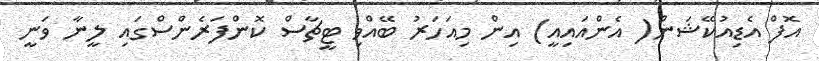
އޮފް އެޑިއުކޭޝަން( އެންއައިއީ) އިން މިއަހަރު ބޭއްވި ޓީޗާސް ކޮންފަރެންސްގައި ލީނާ ވަނީ